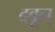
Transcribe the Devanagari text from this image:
दवून्